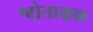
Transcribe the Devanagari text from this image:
श्वोताभ्रक